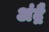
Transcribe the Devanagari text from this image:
अंद्रै